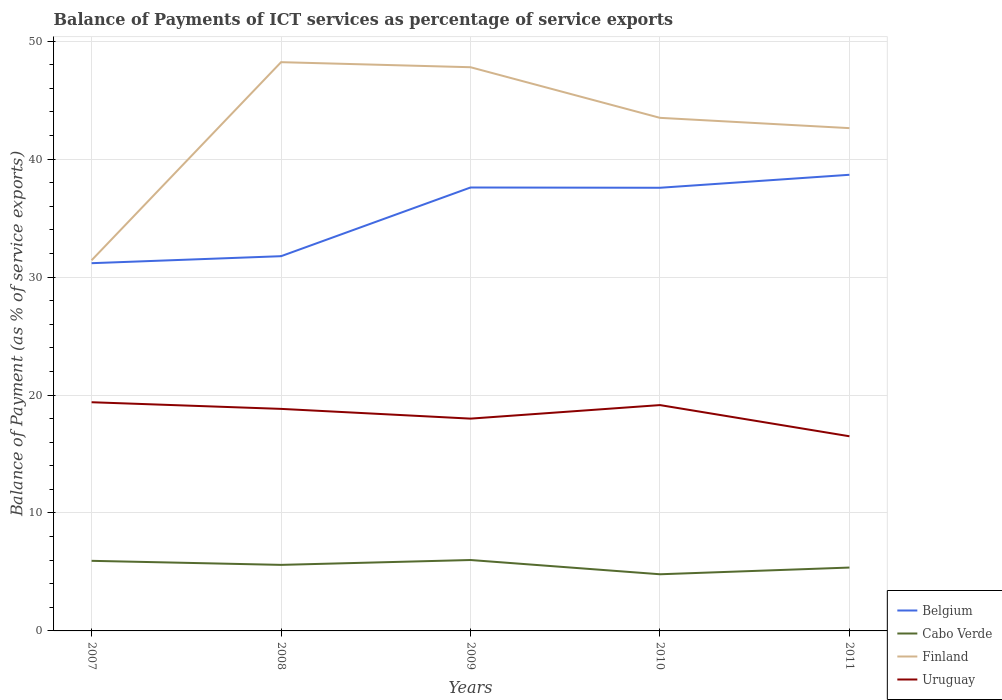
| Years | Belgium | Cabo Verde | Finland | Uruguay |
 | --- | --- | --- | --- | --- |
 | 2007 | 31.2 | 5.94 | 31.4 | 19.4 |
 | 2008 | 31.8 | 5.6 | 48.2 | 18.8 |
 | 2009 | 37.6 | 6.01 | 47.8 | 18 |
 | 2010 | 37.6 | 4.8 | 43.5 | 19.1 |
 | 2011 | 38.7 | 5.37 | 42.6 | 16.5 |